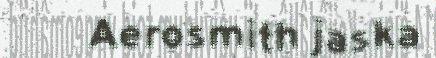
Aerosmith jaska